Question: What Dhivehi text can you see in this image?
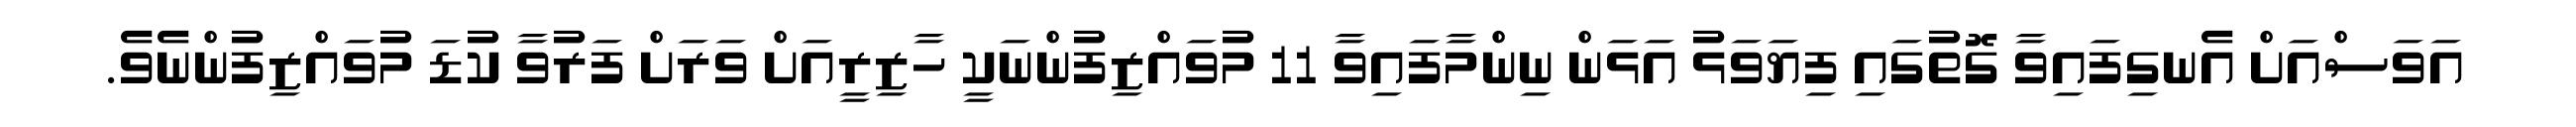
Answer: އަވަސްއަށް އެނގިފައިވާ ގޮތުގައި ފިޔަވަޅު އަޅަން ނިންމާފައިވާ 11 މުވައްޒިފުންނަކީ ހާޒިރީއަށް ވަރަށް ފަރުވާ ކުޑަ މުވައްޒިފުންނެވެ.